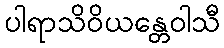
ပါရာသိဝိယန္တေဝါသီ